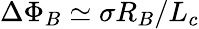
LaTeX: \Delta\Phi_{B}\simeq\sigma R_{B}/L_{c}